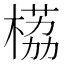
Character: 𬃹